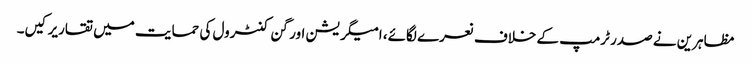
مظاہرین نے صدر ٹرمپ کے خلاف نعرے لگائے، امیگریشن اور گن کنٹرول کی حمایت میں تقاریرکیں۔